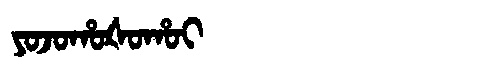
Manchu: ᠶᠣᠵᠣᡥᠣᡧᠣᡥᠣᡳ
Romanization: YOJOHOŠOHOI